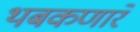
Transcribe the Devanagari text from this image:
थबकणारे